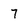
Character: 7